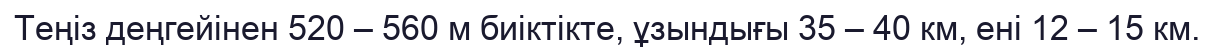
Теңіз деңгейінен 520 – 560 м биіктікте, ұзындығы 35 – 40 км, ені 12 – 15 км.